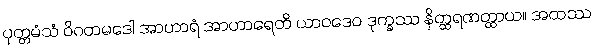
ပုတ္တမံသံ ဝိဂတမဒေါ အာဟာရံ အာဟာရေတိ ယာဝဒေဝ ဒုက္ခဿ နိတ္ထရဏတ္ထာယ။ အထဿ